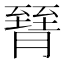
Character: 𦠮